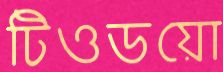
টিওডয়ো